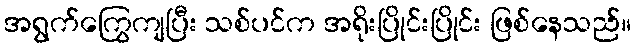
အရွက်ကြွေကျပြီး သစ်ပင်က အရိုးပြိုင်းပြိုင်း ဖြစ်နေသည်။